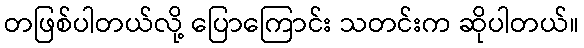
တဖြစ်ပါတယ်လို့ ပြောကြောင်း သတင်းက ဆိုပါတယ်။